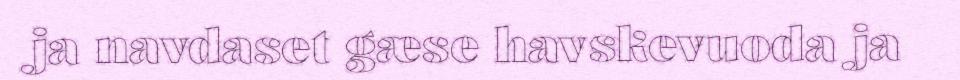
ja navdaset gæse havskevuoda ja